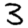
Digit: 3